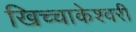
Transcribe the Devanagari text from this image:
खिच्चाकेश्वरी